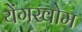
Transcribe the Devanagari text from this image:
येंगखोम